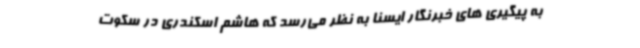
به پیگیری های خبرنگار ایسنا به نظر می‌رسد که هاشم اسکندری در سکوت